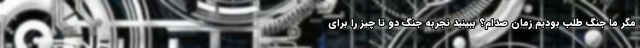
مگر ما جنگ طلب بودیم زمان صدام؟ ببینید تجربه جنگ دو تا چیز را برای